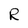
Character: R